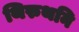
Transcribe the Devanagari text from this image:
थिरुथनि